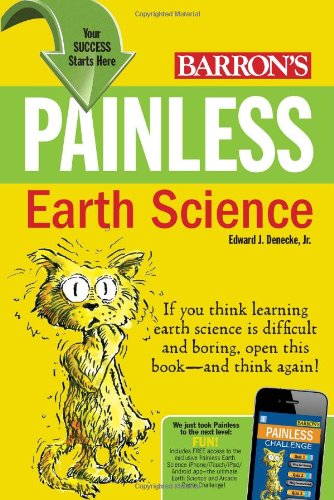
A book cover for Painless Earth Science (Painless Series); Edward J. Denecke Jr.; Children's Books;